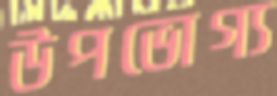
উপভোগ্য